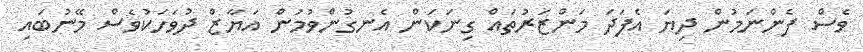
ވެސް ފެންނަމުން ދިޔަ އެފަދަ މަންޒަރުތައް ގިނަކަން އެނގުންވުމުން އަޔާޒް ދުވަހަކުވެސް މޭނުބައި